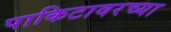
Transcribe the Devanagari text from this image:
पाकिटावरच्या